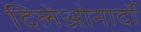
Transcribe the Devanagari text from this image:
दिलेओनार्दो